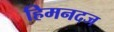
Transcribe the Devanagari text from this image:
हिमनदज